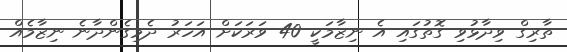
ތާރިގް ވިދާޅުވި ގޮތުގައި އެ ނިޒާމަކީ 40 ވަރަކަށް އަހަރު ދެމިގެންދާނެ ނިޒާމެއް